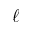
\ell